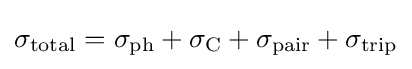
\sigma _{\text{total}}=\sigma _{\text{ph}}+\sigma _{\text{C}}+\sigma _{\text{pair}}+\sigma _{\text{trip}}